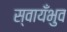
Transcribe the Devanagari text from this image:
स्वायँभुव